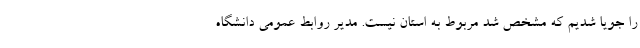
را جویا شدیم که مشخص شد مربوط به استان نیست. مدیر روابط عمومی دانشگاه